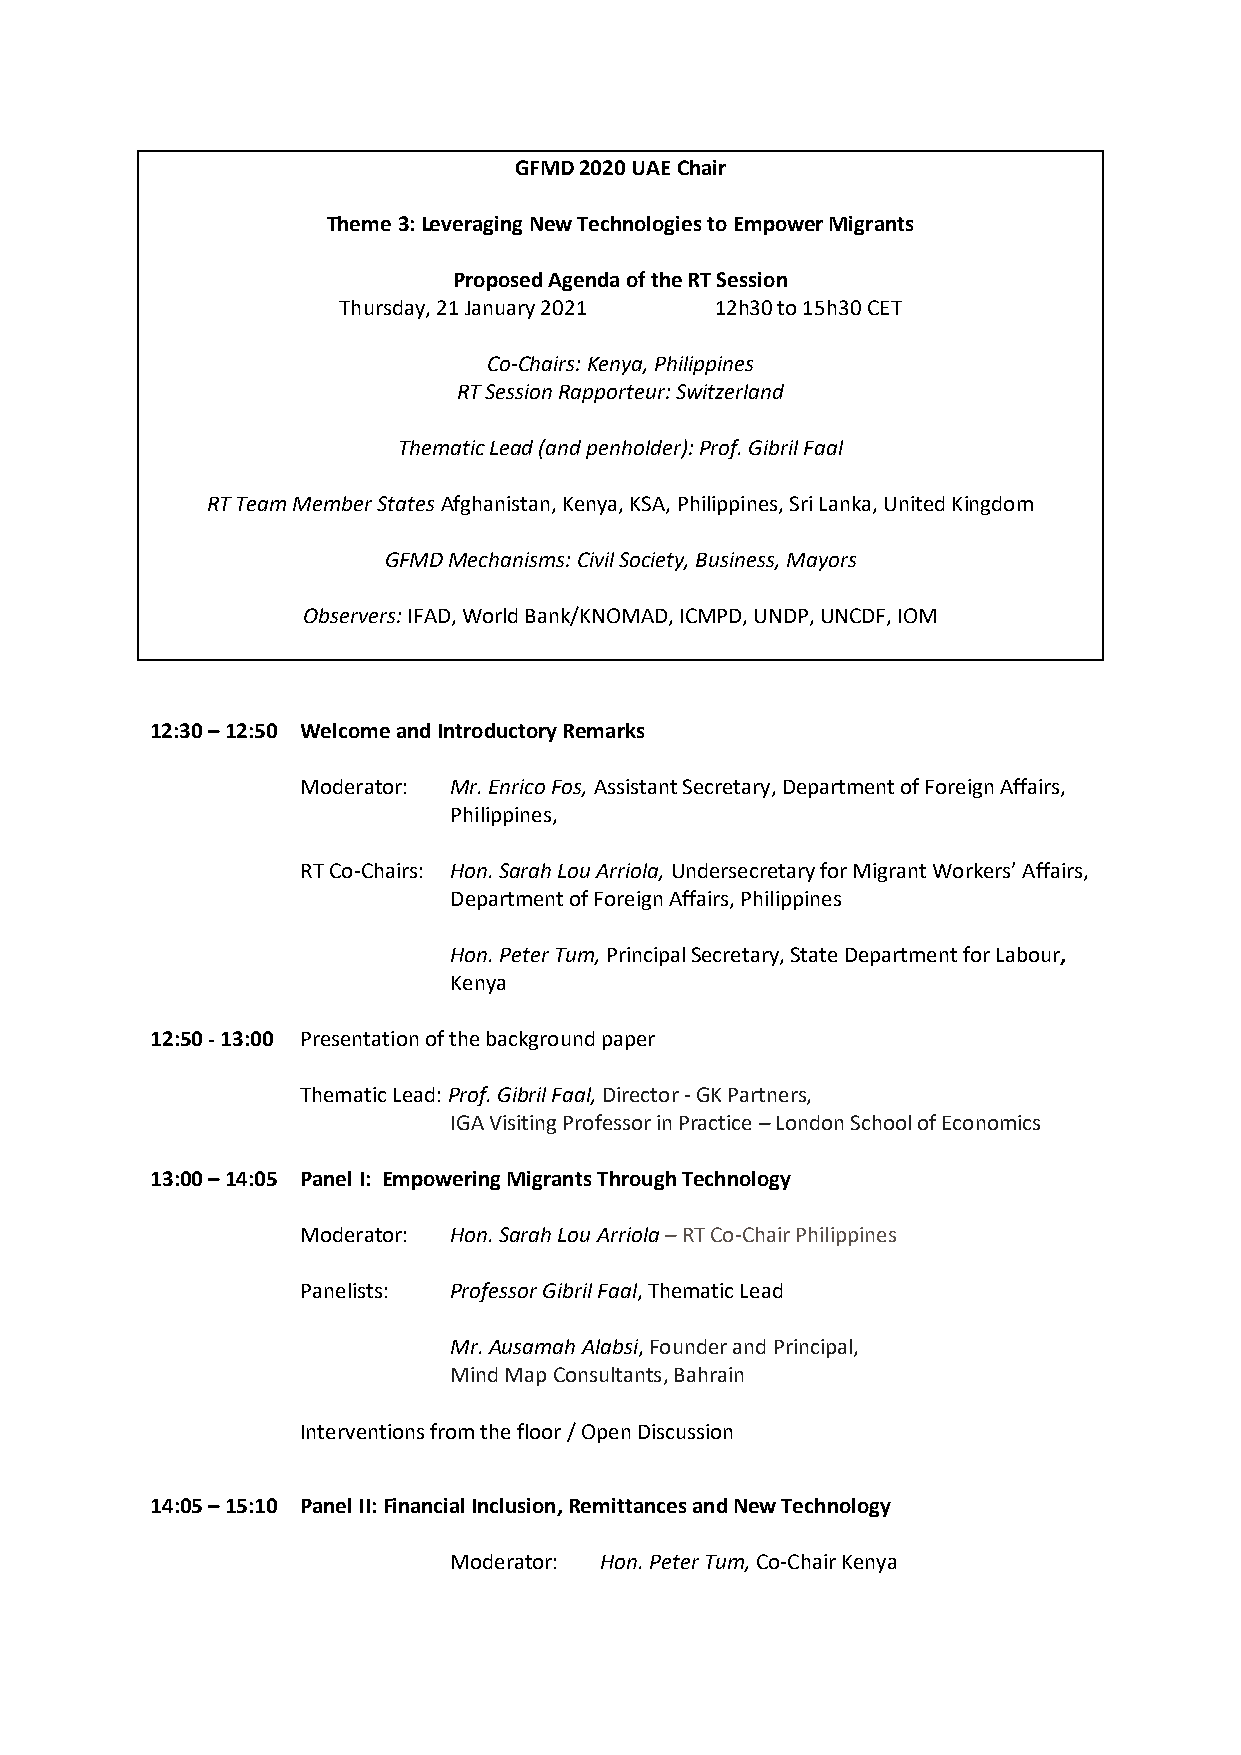
GFMD 2020 UAE Chair
 Theme 3: Leveraging New Technologies to Empower Migrants
 Proposed Agenda of the RT Session
 Thursday, 21 January 2021 12h30 to 15h30 CET
 Co-Chairs: Kenya, Philippines
 RT Session Rapporteur: Switzerland
 Thematic Lead (and penholder): Prof. Gibril Faal
 RT Team Member States Afghanistan, Kenya, KSA, Philippines, Sri Lanka, United Kingdom
 GFMD Mechanisms: Civil Society, Business, Mayors
 Observers: IFAD, World Bank/KNOMAD, ICMPD, UNDP, UNCDF, IOM
 12:30 – 12:50 Welcome and Introductory Remarks
 Moderator: Mr. Enrico Fos, Assistant Secretary, Department of Foreign Affairs,
 Philippines,
 RT Co-Chairs: Hon. Sarah Lou Arriola, Undersecretary for Migrant Workers’ Affairs,
 Department of Foreign Affairs, Philippines
 Hon. Peter Tum, Principal Secretary, State Department for Labour,
 Kenya
 12:50 - 13:00 Presentation of the background paper
 Thematic Lead: Prof. Gibril Faal, Director - GK Partners,
 IGA Visiting Professor in Practice – London School of Economics
 13:00 – 14:05 Panel I: Empowering Migrants Through Technology
 Moderator: Hon. Sarah Lou Arriola – RT Co-Chair Philippines
 Panelists: Professor Gibril Faal, Thematic Lead
 Mr. Ausamah Alabsi, Founder and Principal,
 Mind Map Consultants, Bahrain
 Interventions from the floor / Open Discussion
 14:05 – 15:10 Panel II: Financial Inclusion, Remittances and New Technology
 Moderator: Hon. Peter Tum, Co-Chair Kenya